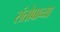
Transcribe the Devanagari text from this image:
संतोबाच्या